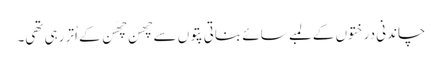
چاندنی درختوں کے لمبے سائے بناتی پتوں سے چھَن چھَن کے اُتر رہی تھی۔